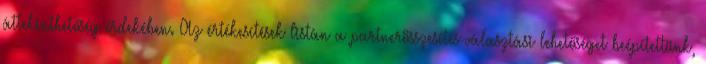
áttekinthetőség érdekében. Az értékesítések listán a partnerösszesítés-választási lehetőséget beépítettünk,